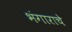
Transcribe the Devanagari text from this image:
भंगाराचे